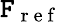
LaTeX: \mathtt{F}_{\mathrm{{~r~e~f~}}}